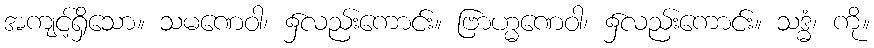
အကျင့်ရှိသော။ သမဏေဝါ၊ ၌လည်းကောင်း။ ဗြာဟ္မဏေဝါ၊ ၌လည်းကောင်း။ သဒ္ဓံ၊ ကို။